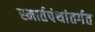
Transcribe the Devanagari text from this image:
स्मार्तपंथांतर्गत